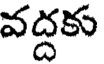
వద్దకు